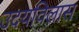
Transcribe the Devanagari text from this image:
उदयविलास